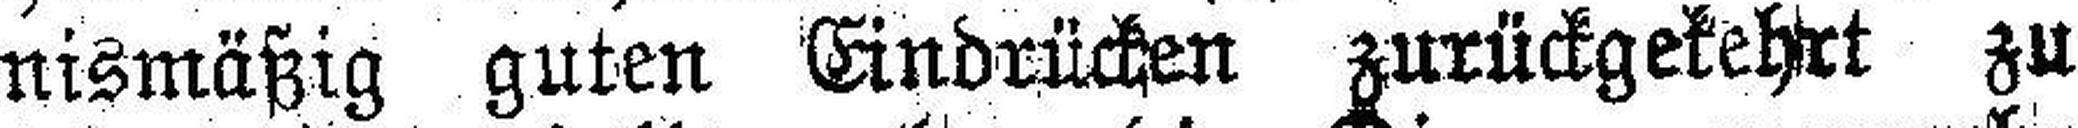
nismäßig guten Eindrücken zurückgekehrt zu